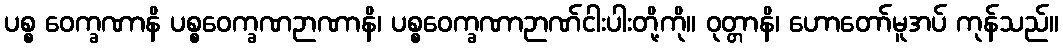
ပစ္စ ဝေက္ခဏာနိ ပစ္စဝေက္ခဏဉာဏာနိ၊ ပစ္စဝေက္ခဏာဉာဏ်ငါးပါးတို့ကို။ ဝုတ္တာနိ၊ ဟောတော်မူအပ် ကုန်သည်။